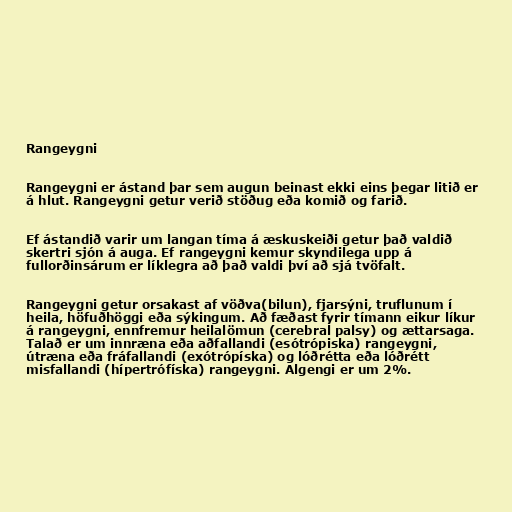
Rangeygni

Rangeygni er ástand þar sem augun beinast ekki eins þegar litið er
á hlut. Rangeygni getur verið stöðug eða komið og farið.

Ef ástandið varir um langan tíma á æskuskeiði getur það valdið
skertri sjón á auga. Ef rangeygni kemur skyndilega upp á
fullorðinsárum er líklegra að það valdi því að sjá tvöfalt.

Rangeygni getur orsakast af vöðva(bilun), fjarsýni, truflunum í
heila, höfuðhöggi eða sýkingum. Að fæðast fyrir tímann eikur líkur
á rangeygni, ennfremur heilalömun (cerebral palsy) og ættarsaga.
Talað er um innræna eða aðfallandi (esótrópiska) rangeygni,
útræna eða fráfallandi (exótrópíska) og lóðrétta eða lóðrétt
misfallandi (hípertrófíska) rangeygni. Algengi er um 2%.